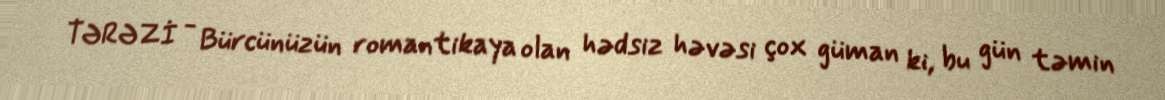
TƏRƏZİ - Bürcünüzün romantikaya olan hədsiz həvəsi çox güman ki, bu gün təmin